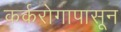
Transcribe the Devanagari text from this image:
कर्करोगापासून